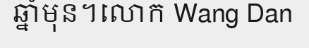
ឆ្នាំមុន។លោក Wang Dan